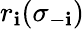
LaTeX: r_{\mathbf{i}}(\sigma_{-\mathbf{i}})